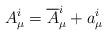
LaTeX: \begin{align*}A_{\mu}^i = {\overline A}_{\mu}^i + a_{\mu}^i\end{align*}